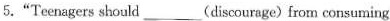
5."Teenagers should___(discourage) from consuming